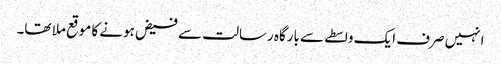
انہیں صرف ایک واسطے سے بارگاہ رسالت سے فیض ہونے کا موقع ملا تھا۔